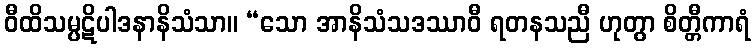
ဝီထိသမ္ပဋိပါဒနာနိသံသာ။ “သော အာနိသံသဒဿာဝီ ရတနသညီ ဟုတွာ စိတ္တီကာရံ